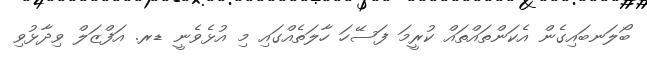
ބޯލަނބައިގެން އެކަންތައްތައް ކުރީމަ ފަސޭހަ ހާލަތެއްގައި މި އުޅެވެނީ ޑރ. އަފްޒަލް ވިދާޅުވި